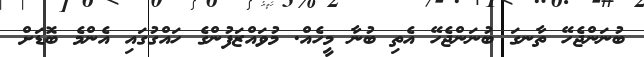
ބުނަންޖެހޭ ތާނގަ ބުނަންޖެހޭ އެތި ބުނާ މީހެއް. މުވައްޒަފުންގެ ހައްގުގައި އެންމެ ބޮޑަށް